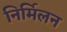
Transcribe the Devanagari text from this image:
निर्मिलन